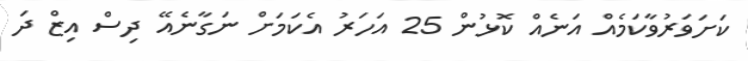
ކަށަވަރުވާކަމެއް އަނެއް ކޮޅުން 25 އަހަރު އެކަމަށް ނަގާނެއޭ ދިސް އިޒް ދަ